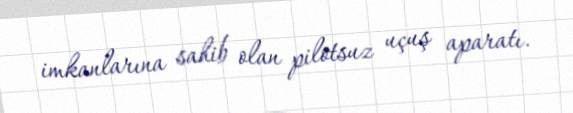
imkanlarına sahib olan pilotsuz uçuş aparatı.